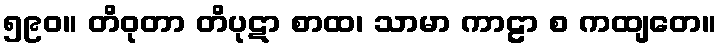
၅၉၀။ တိဝုတာ တိပုဋာ စာထ၊ သာမာ ကာဠာ စ ကထျတေ။